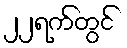
၂၂ရက်တွင်